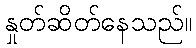
နှုတ်ဆိတ်နေသည်။